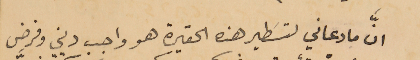
انَّ ما دعاني لتسَطير هذه الحقيرة هو واجب ديني وفرض